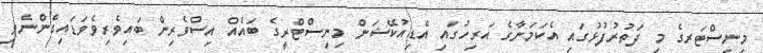
މިނިސްޓަރގެ މި ދަތުރުފުޅުގައި އެކަމަނާގެ އަރިހުގައި އެޑިއުކޭޝަން މިނިސްޓްރީގެ ބައެއް އިސްވެރިން ބައިވެރިވެވަޑައިގެންނެވި